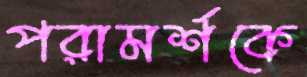
পরামর্শকে